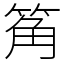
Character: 䇶